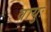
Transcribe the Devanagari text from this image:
वायुः